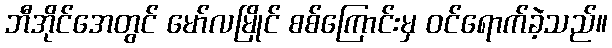
ဘီအိုင်အေတွင် မော်လမြိုင် စစ်ကြောင်းမှ ဝင်ရောက်ခဲ့သည်။